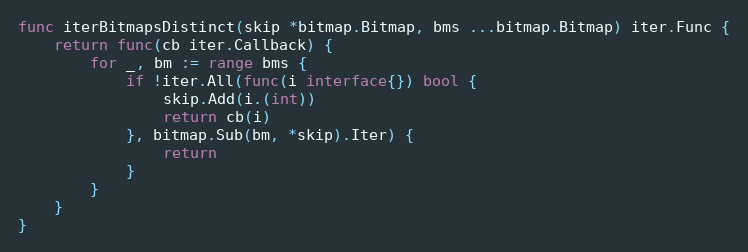
Language: Go
func iterBitmapsDistinct(skip *bitmap.Bitmap, bms ...bitmap.Bitmap) iter.Func {
	return func(cb iter.Callback) {
		for _, bm := range bms {
			if !iter.All(func(i interface{}) bool {
				skip.Add(i.(int))
				return cb(i)
			}, bitmap.Sub(bm, *skip).Iter) {
				return
			}
		}
	}
}